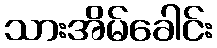
သားအိမ်ခေါင်း